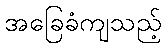
အခြေခံကျသည့်